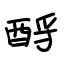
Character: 酹